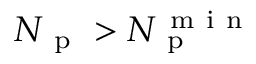
N _ { \mathrm { ~ p ~ } } > N _ { \mathrm { ~ p ~ } } ^ { \mathrm { ~ m ~ i ~ n ~ } }